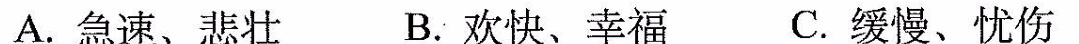
A.急速、悲壮B.欢快、幸福C.缓慢、忧伤